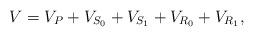
LaTeX: \begin{align*}V=V_P+V_{S_0}+V_{S_1}+V_{R_0}+V_{R_1},\end{align*}